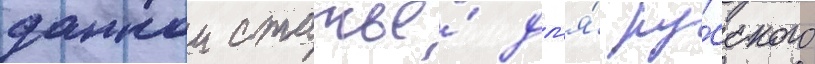
даннои статье́ дл'я́ ру́сского